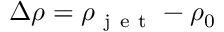
\Delta \rho = \rho _ { \mathrm { ~ j ~ e ~ t ~ } } - \rho _ { 0 }